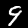
Digit: 9